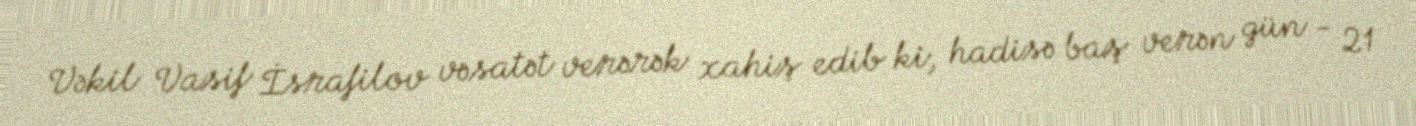
Vəkil Vasif İsrafilov vəsatət verərək xahiş edib ki, hadisə baş verən gün - 21